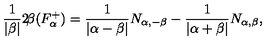
\frac { 1 } { | \beta | } 2 \! \beta ( F _ { \alpha } ^ { + } ) = \frac { 1 } { | \alpha - \beta | } N _ { \alpha , - \beta } - \frac { 1 } { | \alpha + \beta | } N _ { \alpha , \beta } ,